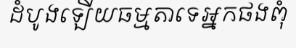
ដំបូងឡើយធម្មតាទេអ្នកផងពុំ